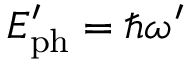
E _ { \mathrm { p h } } ^ { \prime } = \hbar \omega ^ { \prime }